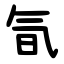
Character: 氜